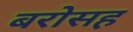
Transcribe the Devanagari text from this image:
बरोसह